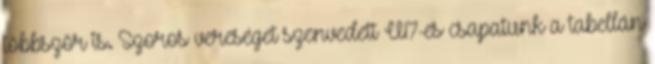
többször is. Szoros vereséget szenvedett U17-es csapatunk a tabellán